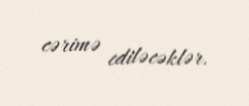
cərimə ediləcəklər.